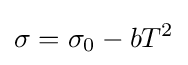
\sigma =\sigma _{0}-bT^{2}